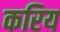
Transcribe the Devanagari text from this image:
करिय